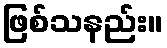
ဖြစ်သနည်း။